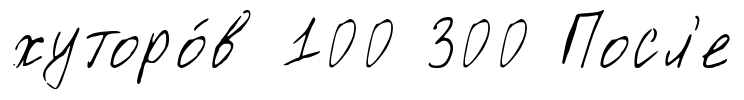
хуторо́в 100 300 Посл'е